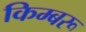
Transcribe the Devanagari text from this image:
किम्बरू